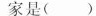
家是( )